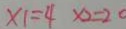
x 1 = 4 x 2 = 2 0